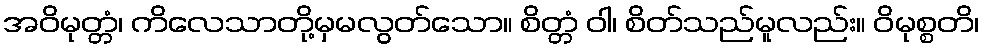
အဝိမုတ္တံ၊ ကိလေသာတို့မှမလွတ်သော။ စိတ္တံ ဝါ၊ စိတ်သည်မူလည်း။ ဝိမုစ္စတိ၊